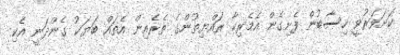
ކަށަވަރުވީ ހިސާބުން ފެށިގެން އެމެރިކާ ރައްޔިތުންގެ ތެރެއިން އެތައް ބަޔަކު ގެންދަނީ އެކި